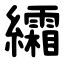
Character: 䌮